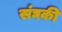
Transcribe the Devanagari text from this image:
संघकी